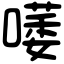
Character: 𠾭